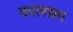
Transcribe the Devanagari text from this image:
कालभ्रम